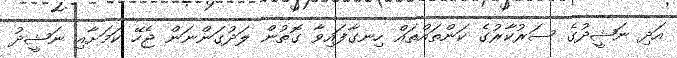
އަދި ނަޝީދުގެ ސަރުކާރުގެ ކަންތައްތައް ހިނގާފައިވާ ގޮތުން ލަދުގަންނަން ޖެހޭ ކަމަށާއި ނަޝީދު